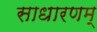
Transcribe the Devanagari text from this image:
साधारणम्